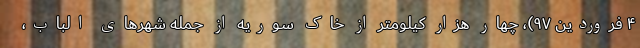
۴ فروردین ۹۷)، چهار هزار کیلومتر از خاک سوریه از جمله شهرهای الباب،